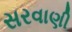
સરવાણી